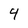
Character: 4